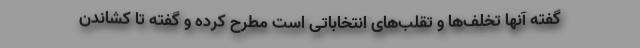
گفته آنها تخلف‌ها و تقلب‌های انتخاباتی است مطرح کرده و گفته تا کشاندن